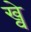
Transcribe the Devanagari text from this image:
ख्वे